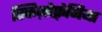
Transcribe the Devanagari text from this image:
स्किज़ोफ़्रेनिया